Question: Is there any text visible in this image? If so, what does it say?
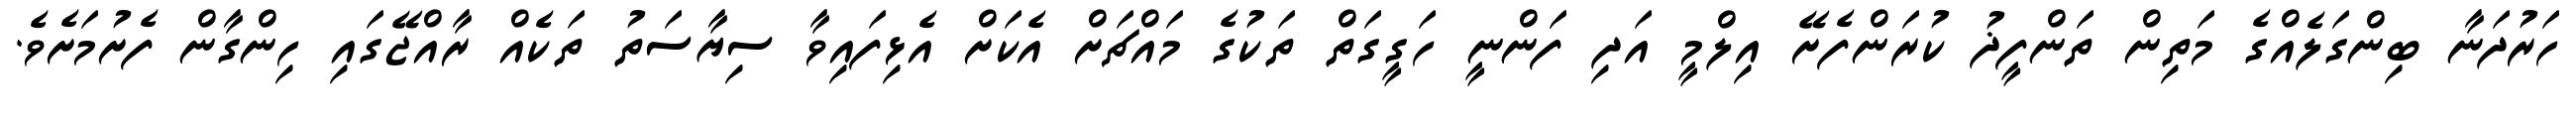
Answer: ހަރުދަނާ ބިންގަލެއްގެ މަތިން ތަންފީޛު ކުރަންފެށޭ އިލްމީ އަދި ފަންނީ ހަގީގަތް ތަކުގެ މައްޗަށް އެކަށް އެޅިފައިވާ ސިޔާސަތު ތަކެއް ރާއްޖޭގައި ހިންގާން ފެށުމަށެވެ.